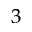
^ 3